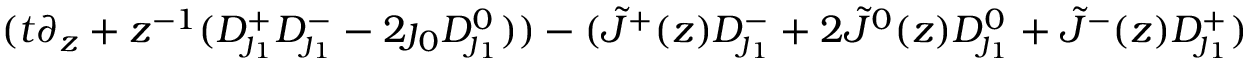
( t \partial _ { z } + z ^ { - 1 } ( D _ { \jmath _ { 1 } } ^ { + } D _ { \jmath _ { 1 } } ^ { - } - 2 \jmath _ { 0 } D _ { \jmath _ { 1 } } ^ { 0 } ) ) - ( \tilde { J } ^ { + } ( z ) D _ { \jmath _ { 1 } } ^ { - } + 2 \tilde { J } ^ { 0 } ( z ) D _ { \jmath _ { 1 } } ^ { 0 } + \tilde { J } ^ { - } ( z ) D _ { \jmath _ { 1 } } ^ { + } )